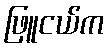
ဖြူငယ်က